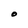
Character: O